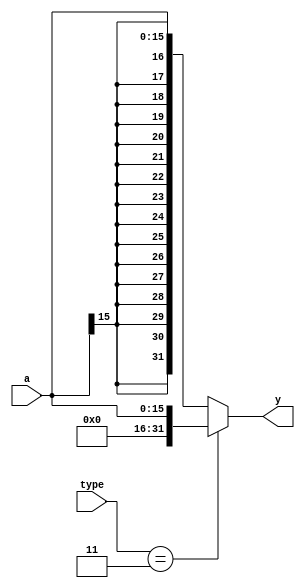
`timescale 1ns / 1ps
// sign extend
module signext (
    input wire [15:0]a, // input wire [15:0]a
    input wire [1:0] type, //op[3:2] for andi type
    output wire [31:0]y // output wire [31:0]
);
    assign y = (type==2'b11)?  {{16{1'b0}},a}:{{16{a[15]}},a};
endmodule